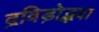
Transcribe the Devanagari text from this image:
द्रविड़ोद्भवा